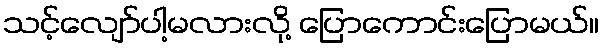
သင့်လျော်ပါ့မလားလို့ ပြောကောင်းပြောမယ်။